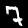
Digit: 7